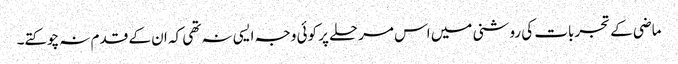
ماضی کے تجربات کی روشنی میں اس مرحلے پر کوئی وجہ ایسی نہ تھی کہ ان کے قدم نہ چوکتے۔